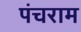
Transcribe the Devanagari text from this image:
पंचराम